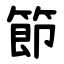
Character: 節